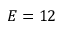
E = 1 2